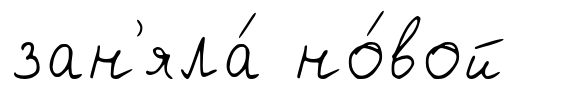
зан'яла́ но́вой